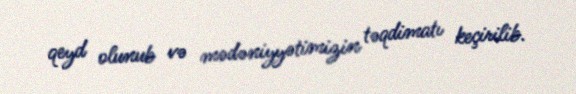
qeyd olunub və mədəniyyətimizin təqdimatı keçirilib.